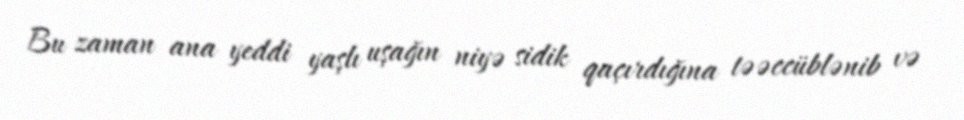
Bu zaman ana yeddi yaşlı uşağın niyə sidik qaçırdığına təəccüblənib və